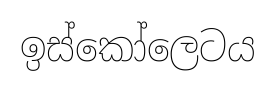
ඉස්කෝලෙටය